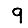
Digit: 9